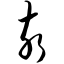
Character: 亥